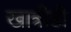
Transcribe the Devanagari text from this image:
खात्रीही